Leaving Certificate Examination, 1920
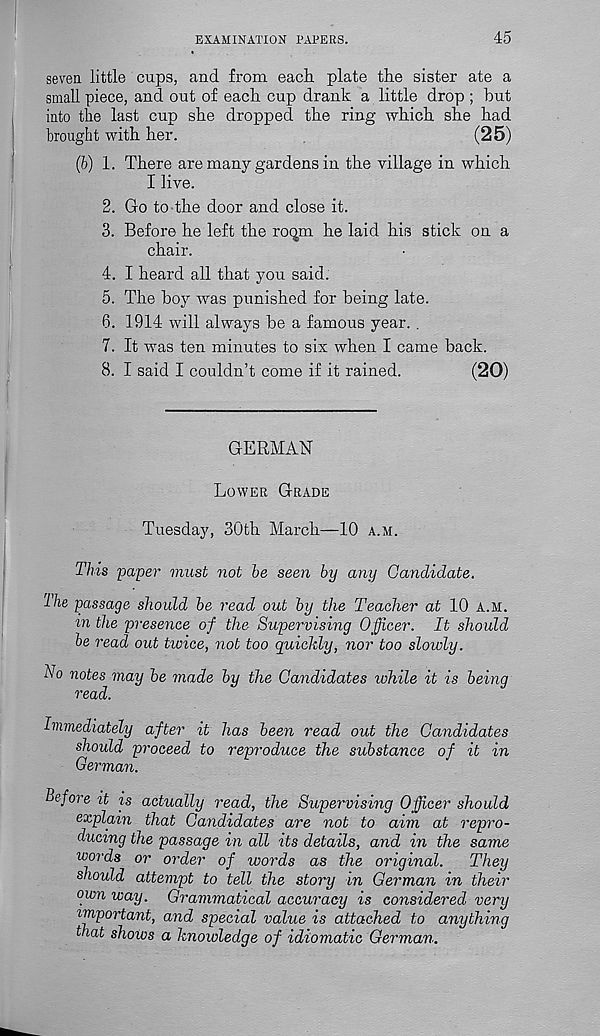
EXAMINATION PAPERS.
45
seven little cups, and from each plate the sister ate a
small piece, and out of each cup drank a little drop ; but
into the last cup she dropped the ring which she had
brought with her.
(25)
(b) 1. There are many gardens in the village in which
I live.
2. Go to the door and close it.
3. Before he left the roqm he laid his stick on a
chair.
4. I heard all that you said.
5. The boy was punished for being late.
6. 1914 will always be a famous year. .
7. It was ten minutes to six when I came back.
8. I said I couldn’t come if it rained.
(20)
GERMAN
Lower Grade
Tuesday, 30th March—10 a.m.
This paper must not he seen by any Candidate.
Ihe passage should be read out by the Teacher at 10 a.m.
m the presence of the Supervising Officer. It should
be read out twice, not too quickly, nor too slowly.
No notes may be made by the Candidates while it is being
read.
Immediately after it has been read out the Candidates
should proceed to reproduce the substance of it in
German.
before it is actually read, the Supervising Officer should
explain that Candidates are not to aim at repro-
ducing the passage in all its details, and in the same
words or order of words as the original.
They
should attempt to tell the story in German in their
own way. Grammatical accuracy is considered very
important, and special value is attached to anything
that shows a knowledge of idiomatic German.